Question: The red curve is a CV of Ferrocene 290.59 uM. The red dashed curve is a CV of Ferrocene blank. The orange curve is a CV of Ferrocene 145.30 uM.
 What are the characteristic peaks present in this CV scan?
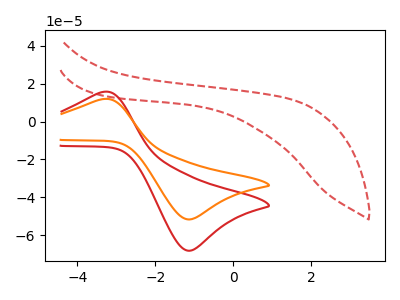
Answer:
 <answer>The red curve "Ferrocene 290.59 uM" has an anodic peak at (-3.35V, 15.60uA) and a cathodic peak at (-1.10V, -68.20uA). The red dashed curve "Ferrocene blank" has no peaks. The orange curve "Ferrocene 145.30 uM" has an anodic peak at (-3.35V, 11.85uA) and a cathodic peak at (-1.10V, -51.70uA).</answer>
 <eval></eval>